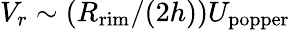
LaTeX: V_{r}\sim(R_{\mathrm{rim}}/(2h))U_{\mathrm{popper}}